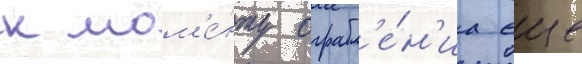
к мом'е́нту ограбл'е́н'иа еще